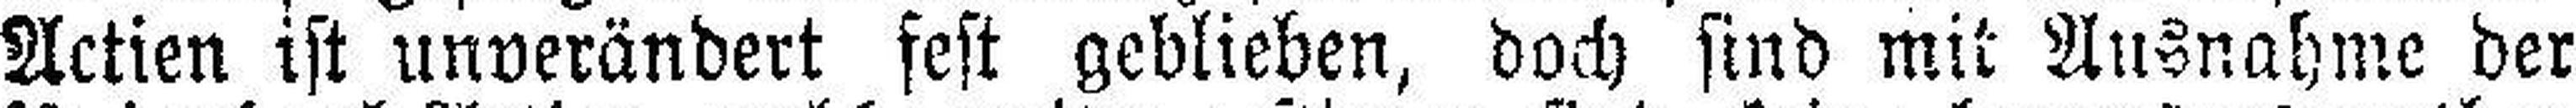
Actien ist unverändert fest geblieben, doch sind mit Ausnahme der